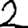
Digit: 2